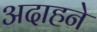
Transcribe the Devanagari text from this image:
अदाहने